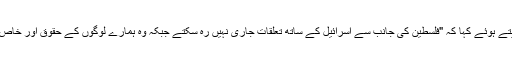
تحریک فتح کی مرکزی کمیٹی کے رکن عزام الاحمد نے کل بیان دیتے ہوئے کہا کہ "فلسطین کی جانب سے اسرائیل کے ساتھ تعلقات جاری نہیں رہ سکتے جبکہ وہ ہمارے لوگوں کے حقوق اور خاص طور پر قدس کے بارے میں ان کے حق کو نظر انداز کر رہا ہے”۔